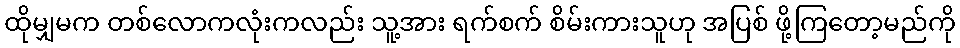
ထိုမျှမက တစ်လောကလုံးကလည်း သူ့အား ရက်စက် စိမ်းကားသူဟု အပြစ် ဖို့ကြတော့မည်ကို